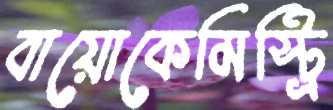
বায়োকেমিস্ট্রি